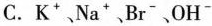
C. K^{+}、Na^{+}、Br^{-}、OH^{-}